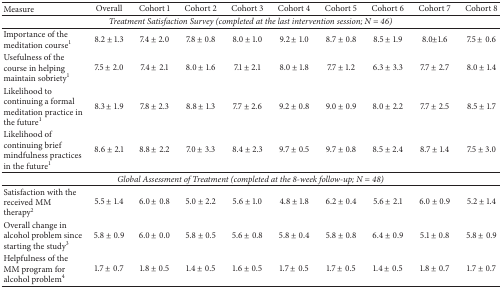
| Measure | Overall | Cohort 1 | Cohort 2 | Cohort 3 | Cohort 4 | Cohort 5 | Cohort 6 | Cohort 7 | Cohort 8 |
 | --- | --- | --- | --- | --- | --- | --- | --- | --- | --- |
 | <COLSPAN=10> Treatment Satisfaction Survey (completed at the last intervention session; N = 46) |
 | Importance of the meditation course1 | 8.2 ± 1.3 | 7.4 ± 2.0 | 7.8 ± 0.8 | 8.0 ± 1.0 | 9.2 ± 1.0 | 8.7 ± 0.8 | 8.5 ± 1.9 | 8.0±1.6 | 7.5 ± 0.6 |
 | Usefulness of the course in helping maintain sobriety1 | 7.5 ± 2.0 | 7.4 ± 2.1 | 8.0 ± 1.6 | 7.1 ± 2.1 | 8.0 ± 1.8 | 7.7 ± 1.2 | 6.3 ± 3.3 | 7.7 ± 2.7 | 8.0 ± 1.4 |
 | Likelihood to continuing a formal meditation practice in the future1 | 8.3 ± 1.9 | 7.8 ± 2.3 | 8.8 ± 1.3 | 7.7 ± 2.6 | 9.2 ± 0.8 | 9.0 ± 0.9 | 8.0 ± 2.2 | 7.7 ± 2.5 | 8.5 ± 1.7 |
 | Likelihood of continuing brief mindfulness practices in the future1 | 8.6 ± 2.1 | 8.8 ± 2.2 | 7.0 ± 3.3 | 8.4 ± 2.3 | 9.7 ± 0.5 | 9.7 ± 0.8 | 8.5 ± 2.4 | 8.7 ± 1.4 | 7.5 ± 3.0 |
 | <COLSPAN=10> Global Assessment of Treatment (completed at the 8-week follow-up; N = 48) |
 | Satisfaction with the received MM therapy2 | 5.5 ± 1.4 | 6.0 ± 0.8 | 5.0 ± 2.2 | 5.6 ± 1.0 | 4.8 ± 1.8 | 6.2 ± 0.4 | 5.6 ± 2.1 | 6.0 ± 0.9 | 5.2 ± 1.4 |
 | Overall change in alcohol problem since starting the study3 | 5.8 ± 0.9 | 6.0 ± 0.0 | 5.8 ± 0.5 | 5.6 ± 0.8 | 5.8 ± 0.4 | 5.8 ± 0.8 | 6.4 ± 0.9 | 5.1 ± 0.8 | 5.8 ± 0.9 |
 | Helpfulness of the MM program for alcohol problem4 | 1.7 ± 0.7 | 1.8 ± 0.5 | 1.4 ± 0.5 | 1.6 ± 0.5 | 1.7 ± 0.5 | 1.7 ± 0.5 | 1.4 ± 0.5 | 1.8 ± 0.7 | 1.7 ± 0.7 |